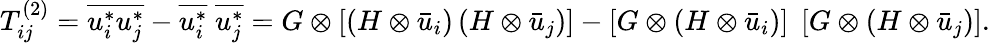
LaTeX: T_{ij}^{\left(2\right)}=\overline{{u_{i}^{*}u_{j}^{*}}}-\overline{{u_{i}^{*}}}\; \overline{{u_{j}^{*}}}=G\otimes\left[{\left({H\otimes{{\bar{u}}_{i}}}\right)\left({H\otimes{{\bar{u}}_{j}}}\right)}\right]-\left[{G\otimes\left({H\otimes{{\bar{u}}_{i}}}\right)}\right]\; \left[{G\otimes\left({H\otimes{{\bar{u}}_{j}}}\right)}\right].